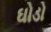
ઘોડો